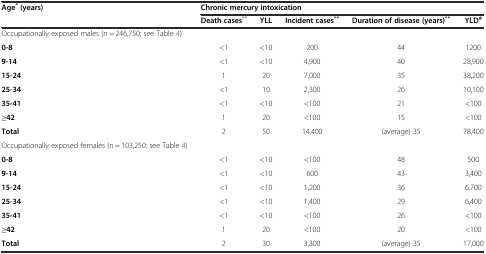
| Age*(years) | <COLSPAN=5> Chronic mercury intoxication |
 |  | Death cases** | YLL | Incident cases** | Duration of disease (years)** | YLD# |
 | --- | --- | --- | --- | --- | --- |
 | Occupationally exposed males (n = 246,750; see Table 4) |  |  |  |  |  |
 | 0-8 | <1 | <10 | 200 | 44 | 1200 |
 | 9-14 | <1 | <10 | 4,900 | 40 | 28,900 |
 | 15-24 | 1 | 20 | 7,000 | 35 | 38,200 |
 | 25-34 | <1 | 10 | 2,300 | 26 | 10,100 |
 | 35-41 | <1 | <10 | <100 | 21 | <100 |
 | ≥42 | 1 | 20 | <100 | 15 | <100 |
 | Total | 2 | 50 | 14,400 | (average) 35 | 78,400 |
 | Occupationally exposed females (n = 103,250; see Table 4) |  |  |  |  |  |
 | 0-8 | <1 | <10 | <100 | 48 | 500 |
 | 9-14 | <1 | <10 | 600 | 43 | 3,400 |
 | 15-24 | <1 | <10 | 1,200 | 36 | 6,700 |
 | 25-34 | <1 | <10 | 1,400 | 29 | 6,400 |
 | 35-41 | <1 | <10 | <100 | 26 | <100 |
 | ≥42 | 1 | 20 | <100 | 20 | <100 |
 | Total | 2 | 30 | 3,300 | (average) 35 | 17,000 |